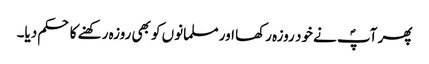
پھر آپؐ نے خود روزہ رکھا اور مسلمانوں کو بھی روزہ رکھنے کا حکم دیا۔